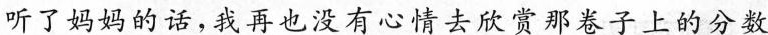
听了妈妈的话，我再也没有心情去欣赏那卷子上的分数